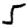
Digit: 5